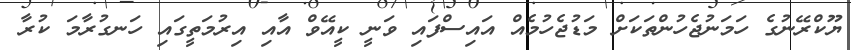
ޔޫކްރޭނުގެ ހަމަނުޖެހުންތަކަށް މަޑުޖެހުމެއް އައިސްފައި ވަނީ ކީއޭވް އާއި އިރުމަތީގައި ހަނގުރާމަ ކުރާ